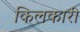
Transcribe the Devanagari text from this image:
किलकारी